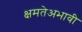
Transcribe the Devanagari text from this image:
क्षमतेअभावी